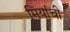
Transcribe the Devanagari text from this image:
मियांची